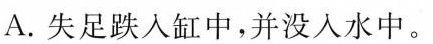
A.失足跌入缸中，并没入水中。